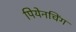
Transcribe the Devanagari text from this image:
पियेनचिंग